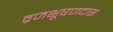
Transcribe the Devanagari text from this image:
व्रजभूषणदास